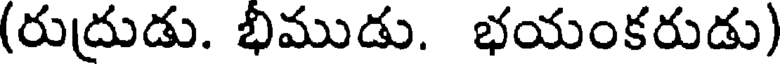
(రుద్రుడు. భీముడు. భయంకరుడు)